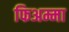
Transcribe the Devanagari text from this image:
फिअम्मा